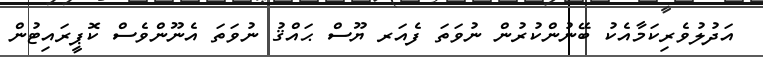
އަދުލުވެރިކަމާއެކު ބޭނުންކުރުން ނުވަތަ ފެއަރ ޔޫސް ޙައްޤު ނުވަތަ އެނޫންވެސް ކޮޕީރައިޓުން